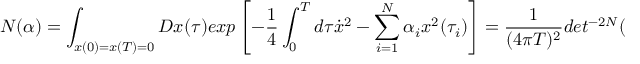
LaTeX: { \cal N } ( \alpha ) = \int _ { x ( 0 ) = x ( T ) = 0 } { \cal D } x ( \tau ) e x p \left[ - { \frac { 1 } { 4 } } \int _ { 0 } ^ { T } d \tau \dot { x } ^ { 2 } - \sum _ { i = 1 } ^ { N } \alpha _ { i } x ^ { 2 } ( \tau _ { i } ) \right] = { \frac { 1 } { ( 4 \pi T ) ^ { 2 } } } d e t ^ { - 2 N } ( 1 + 4 \hat { \Delta } ) .